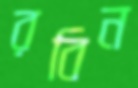
রবিন